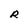
Character: R